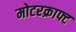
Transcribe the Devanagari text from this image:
मोटरक्राफ्ट